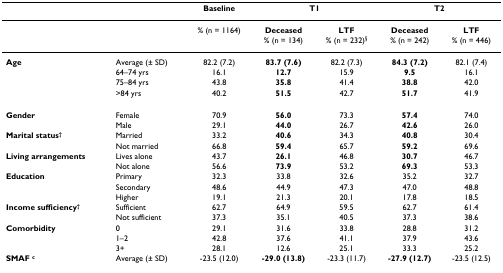
|  |  | Baseline | <COLSPAN=2> T1 | <COLSPAN=2> T2 |
 | --- | --- | --- | --- | --- | --- | --- |
 |  |  | % (n = 1164) | Deceased% (n = 134) | LTF% (n = 232)§ | Deceased% (n = 242) | LTF% (n = 446) |
 | Age | Average (± SD) | 82.2 (7.2) | 83.7 (7.6) | 82.2 (7.3) | 84.3 (7.2) | 82.1 (7.4) |
 |  | 64–74 yrs | 16.1 | 12.7 | 15.9 | 9.5 | 16.1 |
 |  | 75–84 yrs | 43.8 | 35.8 | 41.4 | 38.8 | 42.0 |
 |  | >84 yrs | 40.2 | 51.5 | 42.7 | 51.7 | 41.9 |
 | Gender | Female | 70.9 | 56.0 | 73.3 | 57.4 | 74.0 |
 |  | Male | 29.1 | 44.0 | 26.7 | 42.6 | 26.0 |
 | Marital status† | Married | 33.2 | 40.6 | 34.3 | 40.8 | 30.4 |
 |  | Not married | 66.8 | 59.4 | 65.7 | 59.2 | 69.6 |
 | Living arrangements | Lives alone | 43.7 | 26.1 | 46.8 | 30.7 | 46.7 |
 |  | Not alone | 56.6 | 73.9 | 53.2 | 69.3 | 53.3 |
 | Education | Primary | 32.3 | 33.8 | 32.6 | 35.2 | 32.7 |
 |  | Secondary | 48.6 | 44.9 | 47.3 | 47.0 | 48.8 |
 |  | Higher | 19.1 | 21.3 | 20.1 | 17.8 | 18.5 |
 | Income sufficiency† | Sufficient | 62.7 | 64.9 | 59.5 | 62.7 | 61.4 |
 |  | Not sufficient | 37.3 | 35.1 | 40.5 | 37.3 | 38.6 |
 | Comorbidity | 0 | 29.1 | 31.6 | 33.8 | 28.8 | 31.2 |
 |  | 1–2 | 42.8 | 37.6 | 41.1 | 37.9 | 43.6 |
 |  | 3+ | 28.1 | 12.6 | 25.1 | 33.3 | 25.2 |
 | SMAF c | Average (± SD) | -23.5 (12.0) | -29.0 (13.8) | -23.3 (11.7) | -27.9 (12.7) | -23.5 (12.5) |